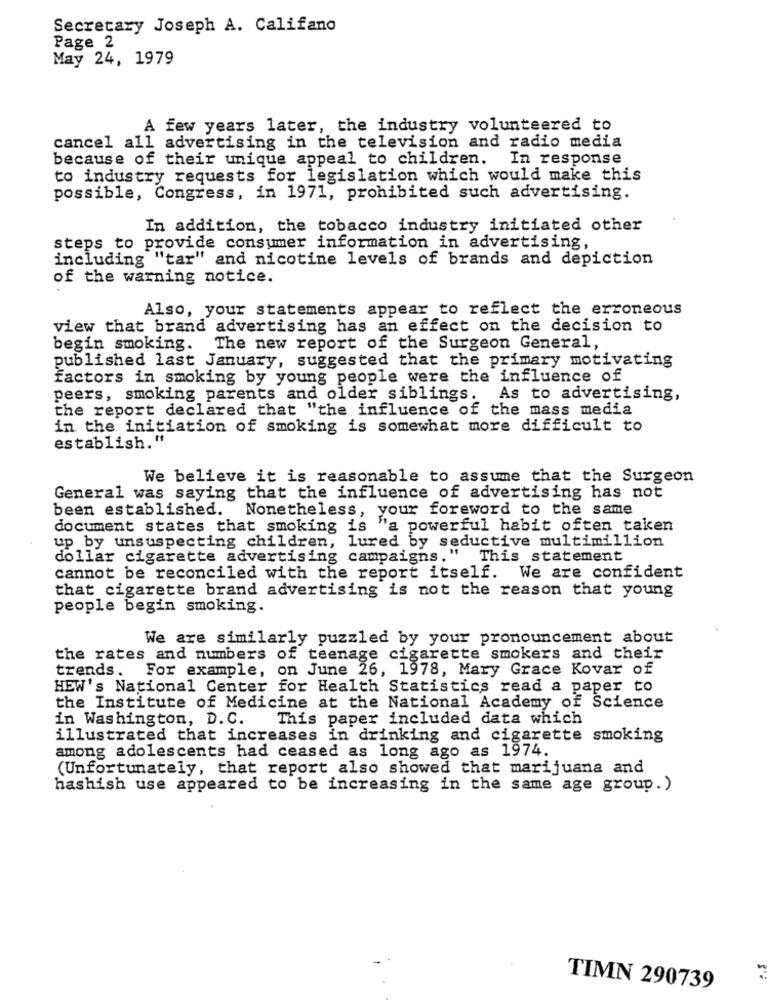
Secretary Joseph A. Califano
Page 2
May 24, 1979
A few years later, the industry volunteered to
cancel all advertising in the television and radio media
because of their unique appeal to children. In response
to industry requests for legislation which would make this
possible, Congress, in 1971, prohibited such advertising.
In addition, the tobacco industry initiated other
steps to provide consumer information in advertising,
including "tar" and nicotine levels of brands and depiction
of the warning notice.
Also, your statements appear to reflect the erroneous
view that brand advertising has an effect on the decision to
begin smoking. The new report of the Surgeon General,
published last January, suggested that the primary motivating
factors in smoking by young people were the influence of
peers, smoking parents and older siblings. As to advertising,
the report declared that "the influence of the mass media
in the initiation of smoking is somewhat more difficult to
establish."
We believe it is reasonable to assume that the Surgeon
General was saying that the influence of advertising has not
been established.
Nonetheless, your foreword to the same
document states that smoking is "a powerful habit often taken
up by unsuspecting children, lured by seductive multimillion
dollar cigarette advertising campaigns." This statement
cannot be reconciled with the report itself. We are confident
that cigarette brand advertising is not the reason that young
people begin smoking.
We are similarly puzzled by your pronouncement about
the rates and numbers of teenage cigarette smokers and their
trends.
For example, on June 26, 1978, Mary Grace Kovar of
HEW's National Center for Health Statistics read a paper to
the Institute of Medicine at the National Academy of Science
in Washington, D. C.
This paper included data which
illustrated that increases in drinking and cigarette smoking
among adolescents had ceased as long ago as 1974.
(Unfortunately, that report also showed that marijuana and
hashish use appeared to be increasing in the same age group. )
TIMN 290739